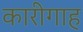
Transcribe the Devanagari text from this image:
कारीगाह